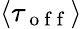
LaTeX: \langle\tau_{\mathrm{~o~f~f~}}\rangle